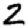
Digit: 2